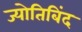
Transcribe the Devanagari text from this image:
ज्योतिबिंद